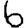
Digit: 6